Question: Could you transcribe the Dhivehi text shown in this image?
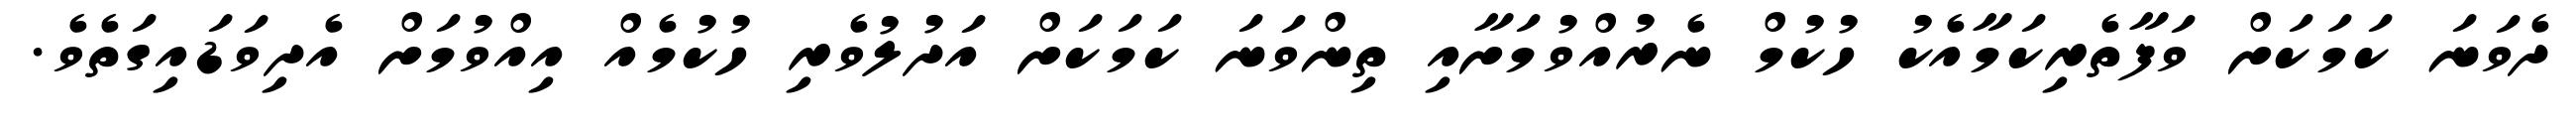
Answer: ދެވަނަ ކަމަކަށް ވަފާތެރިކަމާއެކު ހުކުމް ނެރުއްވުމަށާއި ތިންވަނަ ކަމަކަށް އަދުލުވެރި ހުކުމެއް އިއްވުމަށް އެދިވަޑައިގަތެވެ.